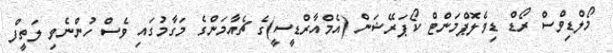
މޯލްޑިވްސް ރޯޑް ޑިވެލޮޕްމަންޓް ކޯޕަރޭޝަން (އެމްއާރްޑީސީ)ގެ ޗެއާމަންގެ މަގާމުގައި ވެސް ހުންނެވި ލަތީފް